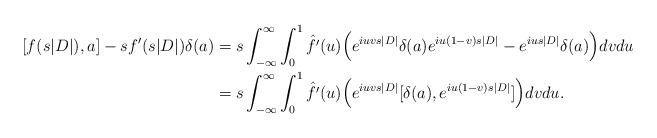
LaTeX: \begin{align*}[f(s|D|),a]-sf'(s|D|)\delta(a)&=s\int_{-\infty}^{\infty}\int_0^1\hat{f'}(u)\Big(e^{iuvs|D|}\delta(a)e^{iu(1-v)s|D|}-e^{ius|D|}\delta(a)\Big)dvdu\\&=s\int_{-\infty}^{\infty}\int_0^1\hat{f'}(u)\Big(e^{iuvs|D|}[\delta(a),e^{iu(1-v)s|D|}]\Big)dvdu.\end{align*}